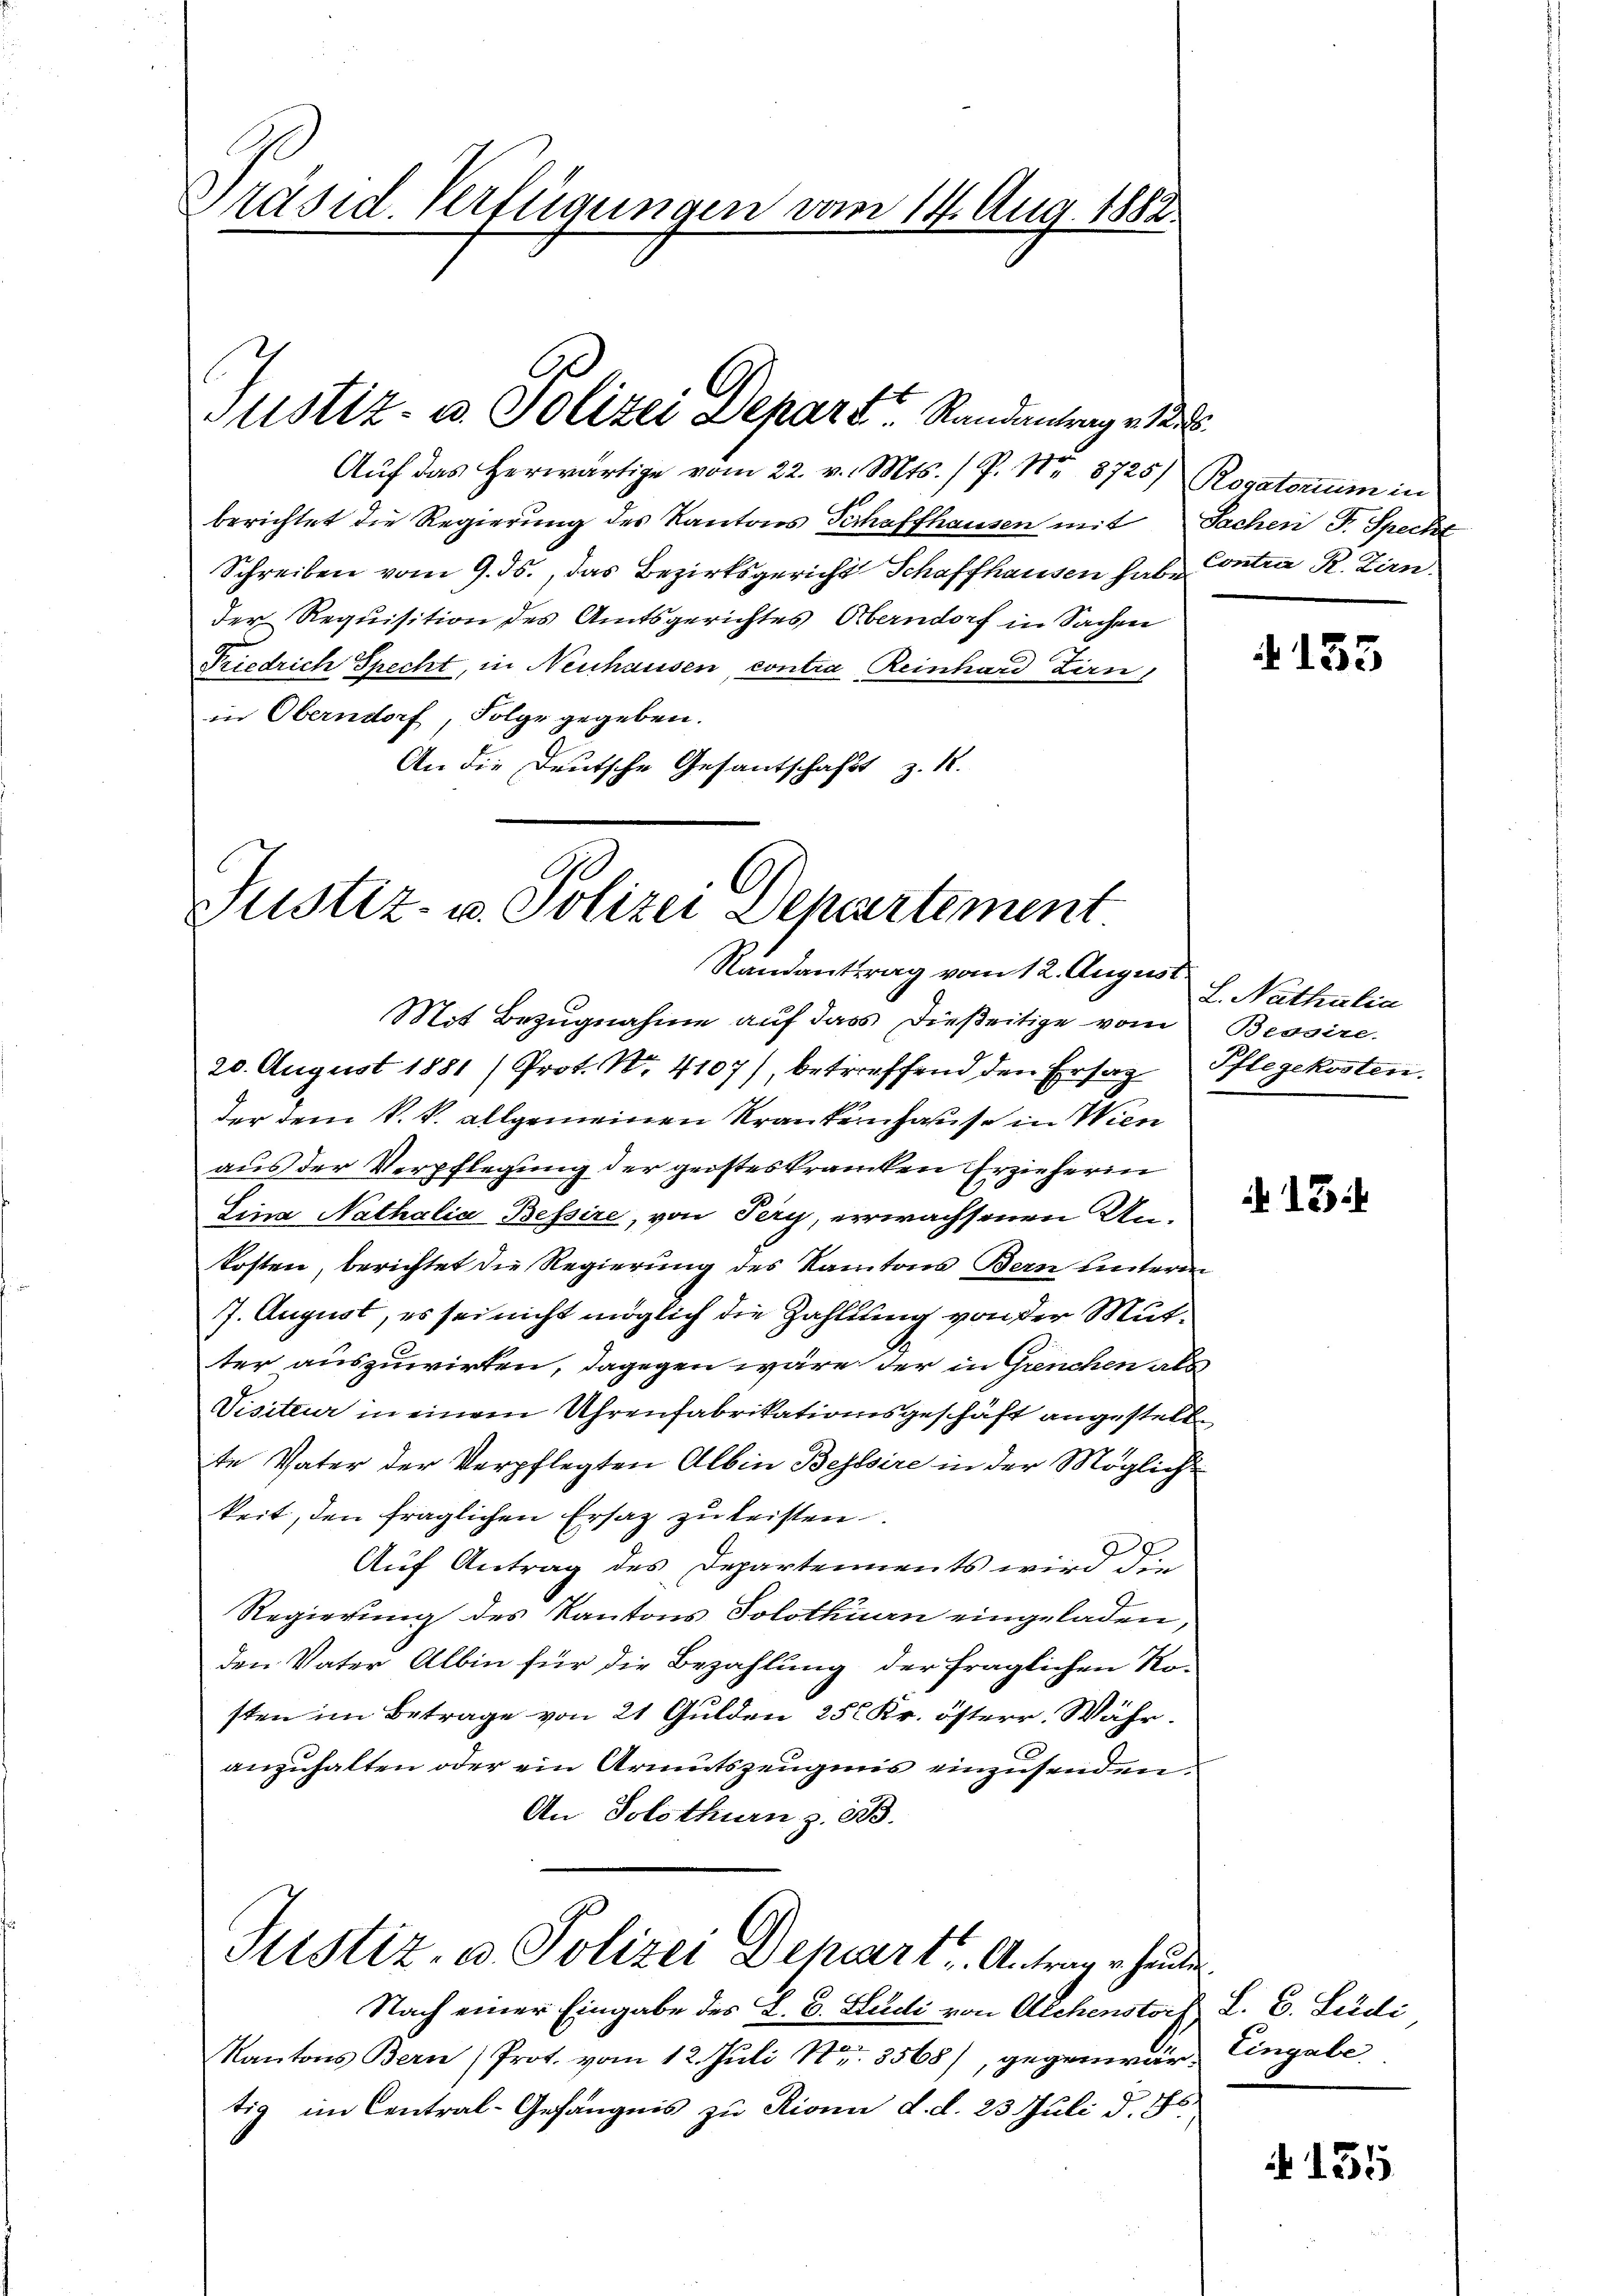
Präsid. Verfügungen vom 14. Aug. 1882.

Auf das herwärtige vom 22. v. Mts. / P. Nr. 8725) Rogatorium in
berichtet die Regierung des Kantons Verhaffhausen mit Sachen F. Speckt
Schreiben vom 9. ds., das Bezirksgericht Schaffhausen habe Contra R. Zirn.
der Requisition des Amtsgerichtes Oberndorf in Sachen
Friedrich Specht, in Neuhausen, contra Reinhard Zirn,
in Oberndorf, Folge gegeben.
An die Deutsche Gesantschaft z. 18.

Justiz- u. Polizei Depart Randantrage

Justiz- u. Polizei Departement
Randantrag vom 12. August

Mit Bezugnahme auf dass dießeitige vom Bessire.
20. August 1881 /Prot. No. 4107), betreffend den Ersaz Pflegekosten.
der dem k. k. allgemeinen Krankenhause in Wien
aus der Verpflegung der geisteskranken Erzieherin
Lina Nathalia Bessire, von Pery, erwachsenen Unkosten, berichtet die Regierung des Kantons Bern hinterm
7. August, es sei nicht möglich die Zahlung von der Mutter auszuwirken, dagegen wäre der in Grenchen als
Visiteur in einem Uhrenfabrikationsgeschäft angestell
te Vater der Verpflegten Albin Bestire in der Mögliche
keit, den fraglichen Ersatz zu leisten.
27.
Auf Antrag des Departements wird die
Regierung des Kantons Solothurn eingeladen,
den Vater Albin für die Bezahlung der fraglichen Ko-
sten im Betrage von 21 Gulden 252 Kr. österr. Währ.
anzuhalten oder ein Armutszeugnis einzusenden.
An Solothurn z. B.
Justiz- u. Polizei Depart. Antrage heute
Nach einer Eingabe des L. C. Steidli von Alchenstorf L. C. Leidi
Kantons Bern (Prot. vom 12. Juli Nr. 3568), gegenwär, Eingabe
tig im Central-Gefängnis zu Rioni d. d. 23. Juli d. Js.

§135

L. Nathalia

13

A 155